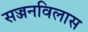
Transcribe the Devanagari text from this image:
सज्जनविलास